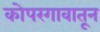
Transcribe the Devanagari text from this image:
कोपरगावातून